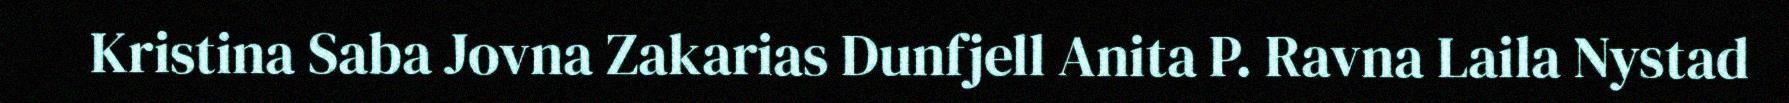
Kristina Saba Jovna Zakarias Dunfjell Anita P. Ravna Laila Nystad